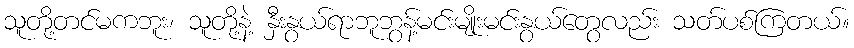
သူတို့တင်မကဘူး၊ သူတို့နဲ့ နှီးနွယ်ရာဘူဘွန့်မင်းမျိုးမင်းနွယ်တွေလည်း သတ်ပစ်ကြတယ်။